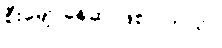
စီးမျောနေဆဲ ဖြစ်ပါတယ်။